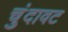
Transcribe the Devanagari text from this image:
चुंदावट